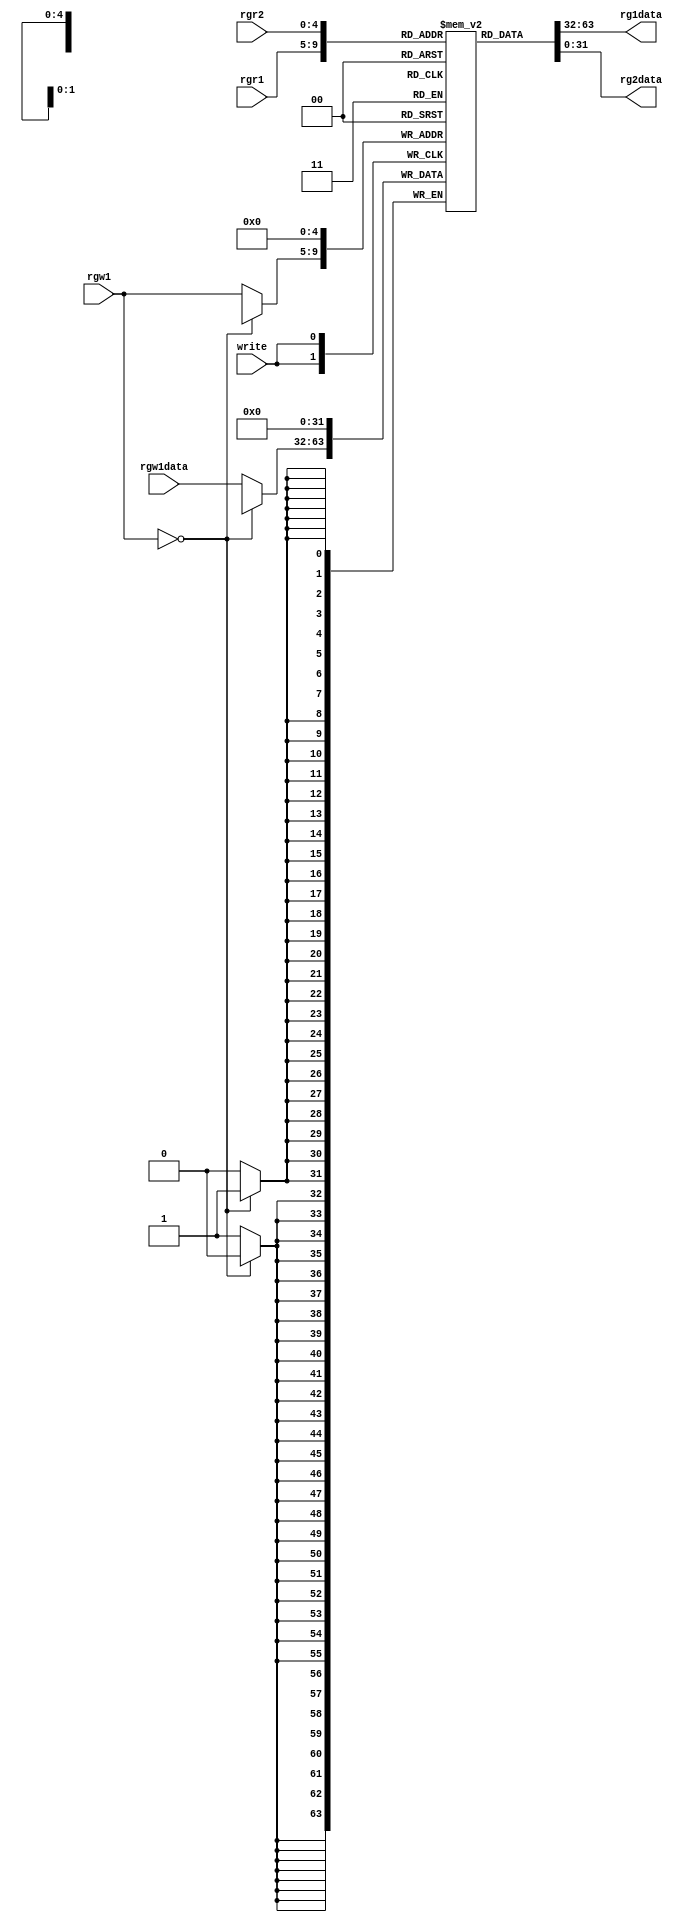
// mips allows two registers reads and one write per clock cycle
/* 32 register each 32 bit width , 5bit to index */
/* registers names */
/*
Register Number	Conventional Name	Usage
$0	$zero	Hard-wired to 0
$1	$at	Reserved for pseudo-instructions
$2 - $3	$v0, $v1	Return values from functions
$4 - $7	$a0 - $a3	Arguments to functions - not preserved by subprograms
$8 - $15	$t0 - $t7	Temporary data, not preserved by subprograms
$16 - $23	$s0 - $s7	Saved registers, preserved by subprograms
$24 - $25	$t8 - $t9	More temporary registers, not preserved by subprograms
$26 - $27	$k0 - $k1	Reserved for kernel. Do not use.
$28	$gp	Global Area Pointer (base of global data segment)
$29	$sp	Stack Pointer
$30	$fp	Frame Pointer
$31	$ra	Return Address
*/
module regsFile( 
    rgr1,
    rgr2,
    write,
    rgw1,
    rgw1data,
//    clk,
//    reset,
    rg1data,
    rg2data
);

    input [4:0] rgr1;
    input [4:0] rgr2;
    input [4:0]     rgw1;
    input [31:0]  rgw1data;
//    input clk;
//    input reset;
    input write;
    output reg [31:0] rg1data;
    output reg [31:0] rg2data;
    
    reg [31:0] regMem [31:0]; // register memory
    

/*
    assign rg1data = regMem[rgr1];
    assign rg2data = regMem[rgr2];
*/

  always @(rgr1 or rgr2)
  begin
    rg1data = regMem[rgr1];
    rg2data = regMem[rgr2];
  end

  always @(posedge write)
  begin
    if(rgw1 == 5'b0) regMem[0] = 5'b0;
    else regMem[rgw1] = rgw1data;
  end

    ///write to register
    integer i;

    initial 
    begin
      //  $monitor("%d %d %d %d ", regMem[0],regMem[1],regMem[2],regMem[3]);
        //set all register values to reg number 
        for( i = 0; i < 32; i = i + 1 )
            regMem[i] = i;
    end

/*
  always @(posedge clk or negedge reset)
    begin
        regMem[0] = 32'b0; //register 0 is hardwired to zero;
        if(reset == 1'b0)
        begin 
            regMem[0] = 32'b0;
            // set all registers to their defaults 
            for( i = 0; i < 32; i = i + 1 )
                regMem[i] = i;
        end
        else if(write == 1'b1 && rgw1 != 5'd0) //$zero register is hardwired to zero
            regMem[rgw1] = rgw1data;
    end
*/
endmodule